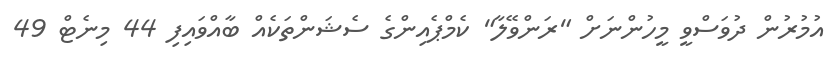
އުމުރުން ދުވަސްވީ މީހުންނަށް "ރަންވޭލާ" ކެމްޕެއިންގެ ސެޝަންތަކެއް ބާއްވައިފި 44 މިނެޓް 49